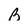
Character: B